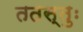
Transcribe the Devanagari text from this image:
ततस्तुः